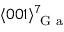
\langle 0 0 1 \rangle _ { \mathrm { ~ G ~ a ~ } } ^ { 7 }